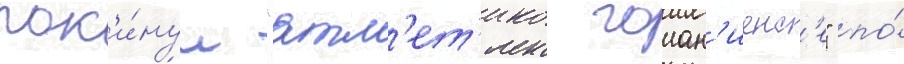
пок'и́нул "атл'ет'ико гоиан'иенс'е" по́